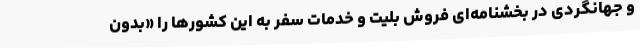
و جهانگردی در بخشنامه‌ای فروش بلیت و خدمات سفر به این کشورها را «بدون